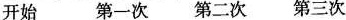
开始 第一次 第二次 第三次